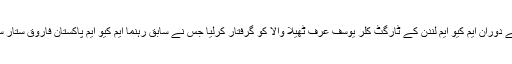
کراچی پولیس نے کارروائی کے دوران ایم کیو ایم لندن کے ٹارگٹ کلر یوسف عرف ٹھیلا والا کو گرفتار کرلیا جس نے سابق رہنما ایم کیو ایم پاکستان فاروق ستار سے رابطے کا انکشاف کیا ہے۔